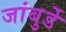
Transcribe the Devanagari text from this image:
जांबुर्डे